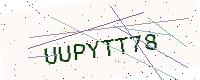
Text: UUPYTT78